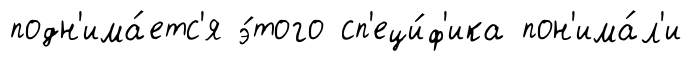
подн'има́етс'я э́того сп'еци́ф'ика пон'има́л'и